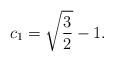
LaTeX: \begin{align*}c_1=\sqrt{\frac{3}{2}}-1.\end{align*}